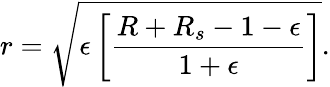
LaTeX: r=\sqrt{\epsilon\left[\frac{R+R_{s}-1-\epsilon}{1+\epsilon}\right]}.